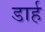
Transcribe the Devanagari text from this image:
डार्ह